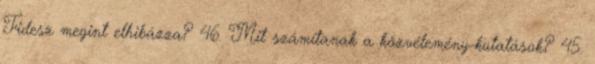
Fidesz megint elhibázza? 46. Mit számítanak a közvélemény-kutatások? 45.